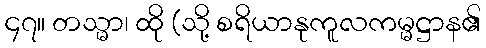
၄၇။ တသ္မာ၊ ထို (သို့ စရိယာနုကူလကမ္မဋ္ဌာန၏